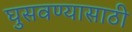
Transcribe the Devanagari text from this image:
घुसवण्यासाठी